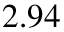
2 . 9 4